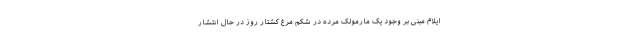
ایلام مبنی بر وجود یک مارمولک مرده در شکم مرغ کشتار روز در حال انتشار